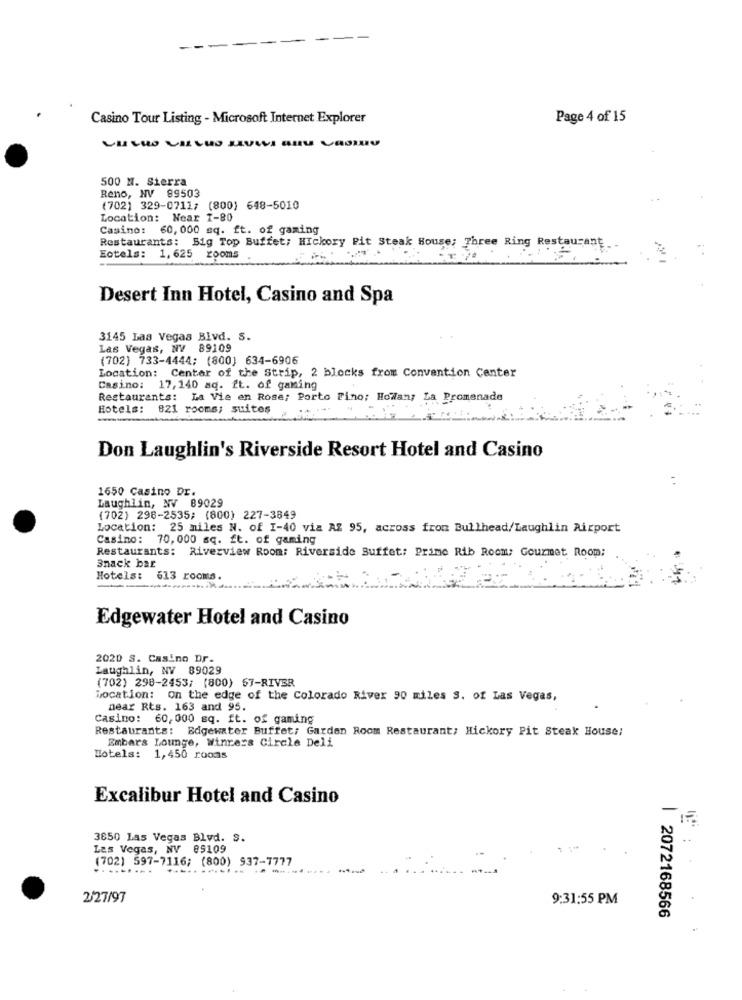
-
Casino Tour Listing - Microsoft Internet Explorer
Page 4 of 15
500 N. Sierra
Reno, NV 89503
(702) 329-0711; (800) 648-5010
Location: Near 1-80
Casino: 60, 000 sq. ft. of gaming
Restaurants: Big Top Buffet; Hickory Pit Steak House; Three Ring Restaurant
Eotels: 1, 625 rooms
Desert Inn Hotel, Casino and Spa
3145 Las Vegas Blvd. S.
Las Vegas, NV 89109
(702) 733-4444; (800) 634-6906
Location: Center of the Strip, 2 blocks from Convention Center
Casino: 17,140 sq. ft. of gaming
Restaurants: La Vie en Rose; Porto Fino: Howlan; La Promenade
Hotels: 821 rooms; suites
--
Don Laughlin's Riverside Resort Hotel and Casino
1650 Casino Dr.
Laughlin, NV 89029
(702) 298-2535; (800) 227-3849
Location: 25 miles N. of 1-40 via AZ 95, across fron Bullhead/Laughlin Airport
Casino: 70,000 sq. ft. of gaming
Restaurants: Riverview Room: Riverside Buffet: Prime Rib Room: Gourmet Room:
Snack bar
Hotels: 613 rooms.
Edgewater Hotel and Casino
2020 S. Casino Dr.
Laughlin, NV 89029
(702) 298-2453; (800) 67-RIVER
Location: on the edge of the Colorado River 90 miles s. of Las Vegas,
near Rts. 163 and 95.
Casino: 60,000 sq. ft. of gaming
Restaurants: Edgewater Buffet: Garden Room Restaurant; Hickory Pit Steak House;
Embars Lounge, Winrers Circle Deli
Hotels: 1,450 rooms
Excalibur Hotel and Casino
3850 Las Vegas Blvd. S.
Las Vegas, NV 89109
(702) 597-7116; (800) 937-7777
-----
2/27/97
9:31:55 PM
| 2072168566